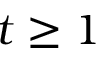
t \geq 1